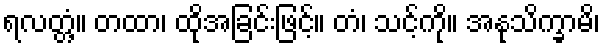
ရလတ္တံ့။ တထာ၊ ထိုအခြင်းဖြင့်။ တံ၊ သင့်ကို။ အနုသိက္ခာမိ၊